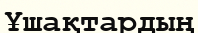
Ұшақтардың